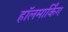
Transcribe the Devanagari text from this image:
हॉलमार्किंग